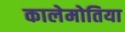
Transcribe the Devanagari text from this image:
कालेमोतिया